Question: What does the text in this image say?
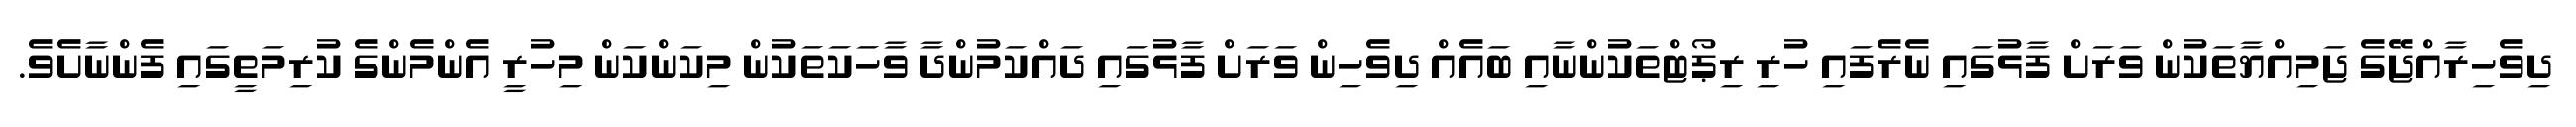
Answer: ދިވެހިރާއްޖޭގެ ޖަމިއްޔާތަކުން ވަރަށް ފާޅުގައި ނެރެފައި ހުރި ރިޕޯޓްތަކުންނާއި ބައެއް ދިވެހިން ވަރަށް ފާޅުގައި ދައްކަމުންދާ ވާހަކަތަކުން މިކަންކަން މިހުރީ އެންމެންގެ ކުރިމަތީގައި ފެންނާށެވެ.